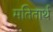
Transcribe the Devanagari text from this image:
मतितार्थ